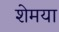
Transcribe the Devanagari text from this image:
शेमया